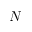
N